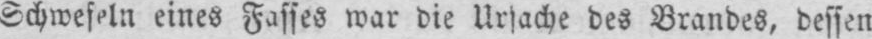
Schwefeln eines Fasses war die Ursache des Brandes, dessen